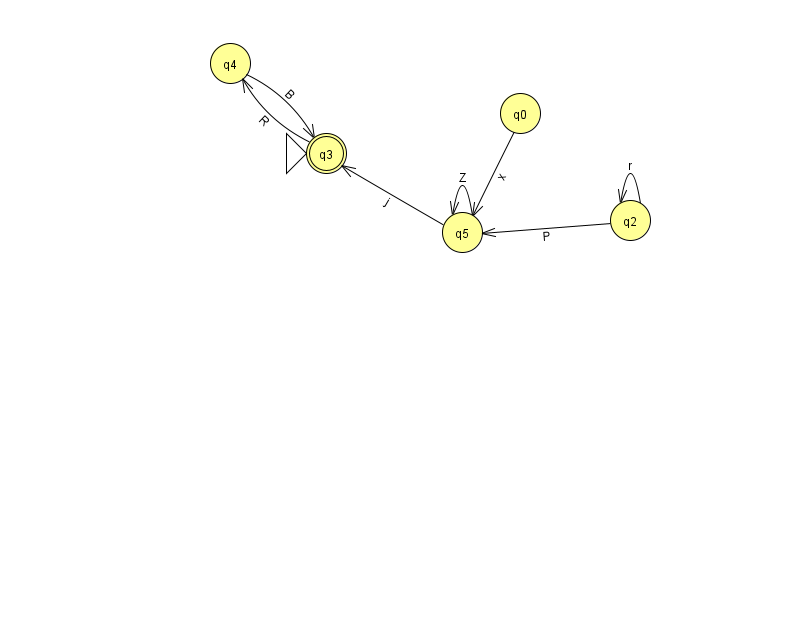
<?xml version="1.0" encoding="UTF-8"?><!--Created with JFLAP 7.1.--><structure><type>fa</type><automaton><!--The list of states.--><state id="0" name="q0"><x>520.0</x><y>100.0</y></state><state id="2" name="q2"><x>630.0</x><y>207.0</y></state><state id="3" name="q3"><x>326.0</x><y>140.0</y><initial/><final/></state><state id="4" name="q4"><x>230.0</x><y>50.0</y></state><state id="5" name="q5"><x>462.0</x><y>219.0</y></state><!--The list of transitions.--><transition><from>2</from><to>2</to><read>r</read></transition><transition><from>0</from><to>5</to><read>x</read></transition><transition><from>5</from><to>3</to><read>j</read></transition><transition><from>2</from><to>5</to><read>P</read></transition><transition><from>5</from><to>5</to><read>Z</read></transition><transition><from>3</from><to>4</to><read>R</read></transition><transition><from>4</from><to>3</to><read>B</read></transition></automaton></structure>